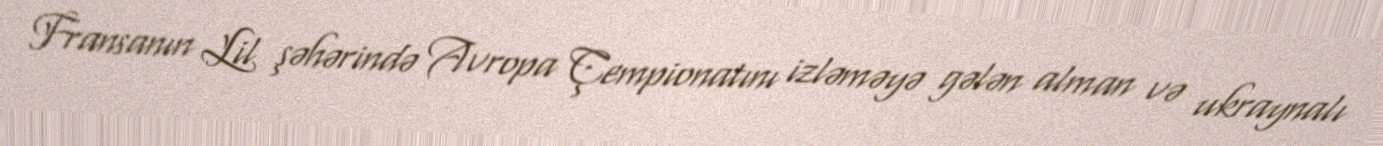
Fransanın Lil şəhərində Avropa Çempionatını izləməyə gələn alman və ukraynalı